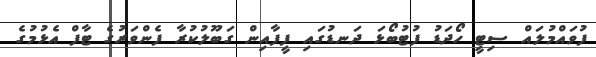
ފުވައްމުލައް ސިޓީ ހޯދަޑު ފުޓުބޯޅަ ދަނޑުގައި ފީފާއިން ގަބޫލުކުރާ ފެންވަރުގެ ޓާފް އެޅުމުގެ